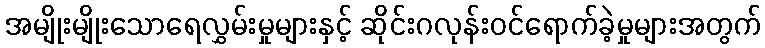
အမျိုးမျိုးသောရေလွှမ်းမှုများနှင့် ဆိုင်းဂလုန်းဝင်ရောက်ခဲ့မှုများအတွက်